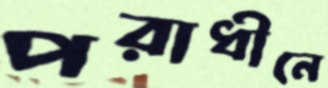
পরাধীনে